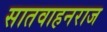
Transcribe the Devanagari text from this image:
सातवाहनराज